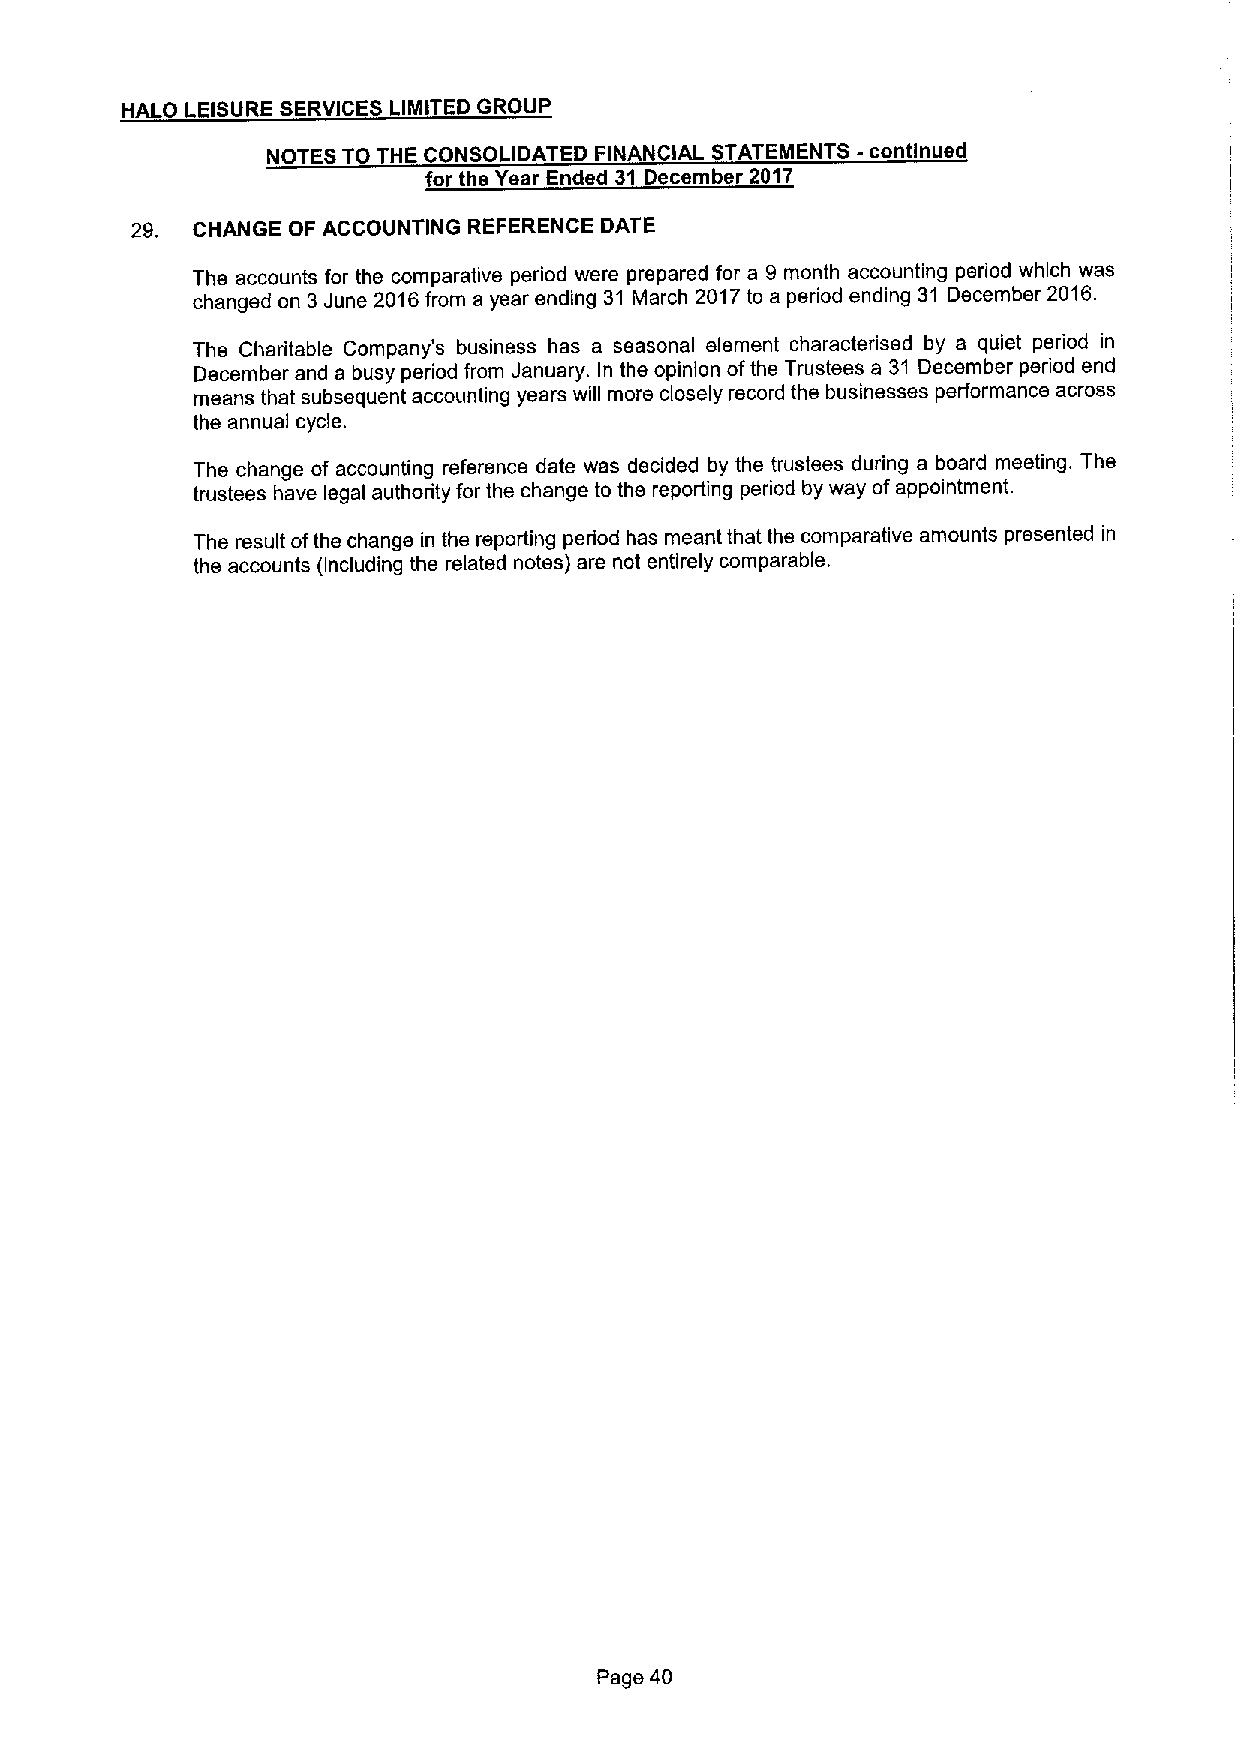
HALO LEISURE SERVICES LIMITED GROUP
 NOTES TO THE CONSOLIDATED FINANCIAL STATEMENTS -continued
 for the Year Ended 31 December 2017
 29. CHANGE OF ACCOUNTING REFERENCE DATE
 The accounts for the comparative period were prepared for a 9 month accounting period which was
 changed on 3June 2016from a year ending 31 March 2017to a period ending 31 December 2016.
 The Charitable Company's business has a seasonal element characterised by a quiet period in
 December and a busy period from January. In the opinion ofthe Trustees a 31 December period end
 means that subsequent accounting years will more closely record the businesses performance across
 the annual cycle.
 The change of accounting reference date was decided by the trustees during a board meeting. The
 trustees have legal authority for the change to the reporting period by way ofappointment.
 The result ofthe change in the reporting period has meant that the comparative amounts presented in
 the accounts (including the related notes) are not entirely comparable.
 Page 40